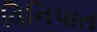
વિનિપાત